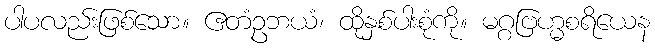
ပါပလည်းဖြစ်သော။ ဧတံဥဘယံ၊ ထိုနှစ်ပါးစုံကို။ မဂ္ဂဗြဟ္မစရိယေန